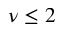
\nu \leq 2